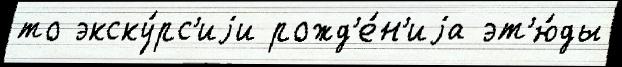
то экску́рс'иjи рожд'е́н'иjа эт'ю́ды